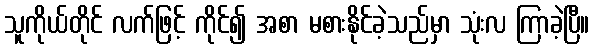
သူကိုယ်တိုင် လက်ဖြင့် ကိုင်၍ အစာ မစားနိုင်ခဲ့သည်မှာ သုံးလ ကြာခဲ့ပြီ။